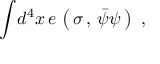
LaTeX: { \int } d ^ { 4 } x \, e \, \left( \, \sigma \, , \, { \bar { \psi } \psi } \, \right) \, \, ,